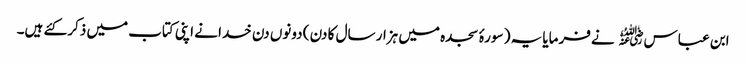
ابن عباس﷜ نے فرمایا یہ ( سورۂ سجدہ میں ہزار سال کا دن ) دونوں دن خدا نے اپنی کتاب میں ذکر کئے ہیں۔